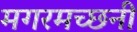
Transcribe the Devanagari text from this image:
मगरमच्छनी